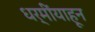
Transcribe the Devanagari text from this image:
धर्मींयाहून